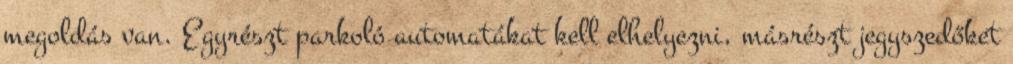
megoldás van. Egyrészt parkoló automatákat kell elhelyezni, másrészt jegyszedőket